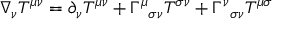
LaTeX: \nabla _ { \nu } T ^ { \mu \nu } = \partial _ { \nu } T ^ { \mu \nu } + \Gamma ^ { \mu } { } _ { \sigma \nu } T ^ { \sigma \nu } + \Gamma ^ { \nu } { } _ { \sigma \nu } T ^ { \mu \sigma }